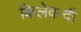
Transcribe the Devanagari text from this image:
किलेवन्दी